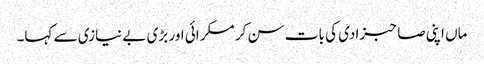
ماں اپنی صاحبزادی کی بات سن کر مسکرائی اور بڑی بے نیازی سے کہا۔